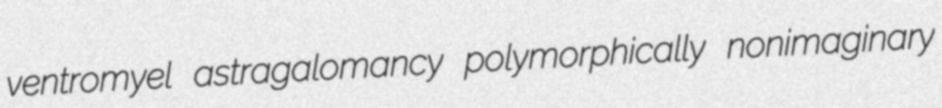
ventromyel astragalomancy polymorphically nonimaginary